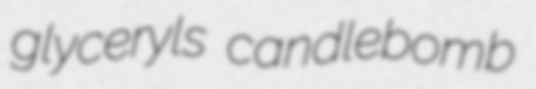
glyceryls candlebomb